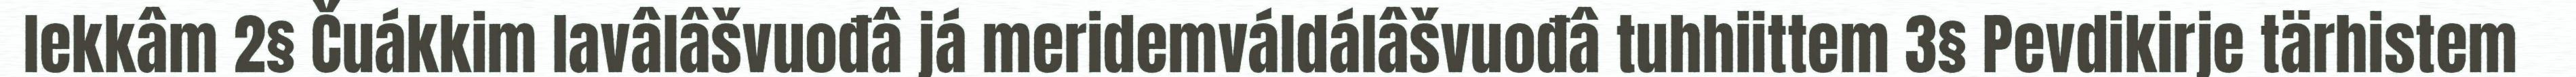
lekkâm 2§ Čuákkim lavâlâšvuođâ já meridemváldálâšvuođâ tuhhiittem 3§ Pevdikirje tärhistem